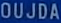
OUJDA